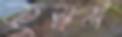
কুস্বপ্ন